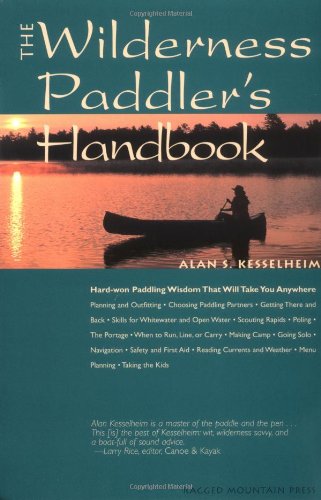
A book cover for The Wilderness Paddler's Handbook; Alan S. Kesselheim; Travel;